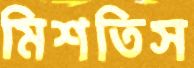
মিশতিস